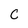
Character: C